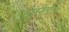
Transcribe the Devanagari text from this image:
टोरर्नेडोस